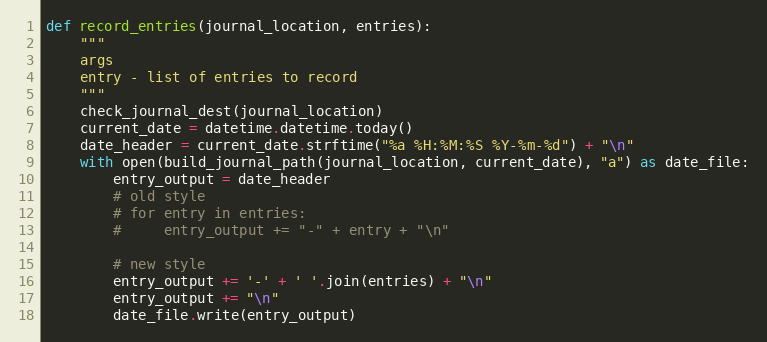
Language: Python
def record_entries(journal_location, entries):
    """
    args
    entry - list of entries to record
    """
    check_journal_dest(journal_location)
    current_date = datetime.datetime.today()
    date_header = current_date.strftime("%a %H:%M:%S %Y-%m-%d") + "\n"
    with open(build_journal_path(journal_location, current_date), "a") as date_file:
        entry_output = date_header
        # old style
        # for entry in entries:
        #     entry_output += "-" + entry + "\n"

        # new style
        entry_output += '-' + ' '.join(entries) + "\n"
        entry_output += "\n"
        date_file.write(entry_output)